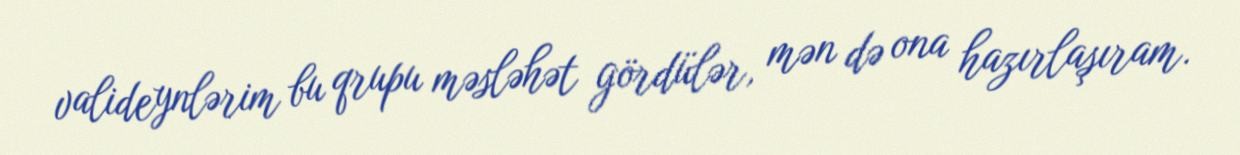
valideynlərim bu qrupu məsləhət gördülər, mən də ona hazırlaşıram.